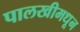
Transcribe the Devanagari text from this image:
पालखीमधून